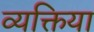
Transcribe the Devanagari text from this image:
व्यक्तिया